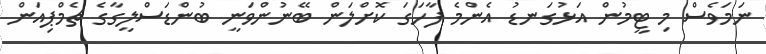
ނަމަވެސް މި ޓީމުން އަޅުގަނޑު އެންމެ ފާހަގަ ކޮށްލަން ބޭނުންވަނީ ބުންޑަސްލީގާގެ ޗެމްޕިއަން